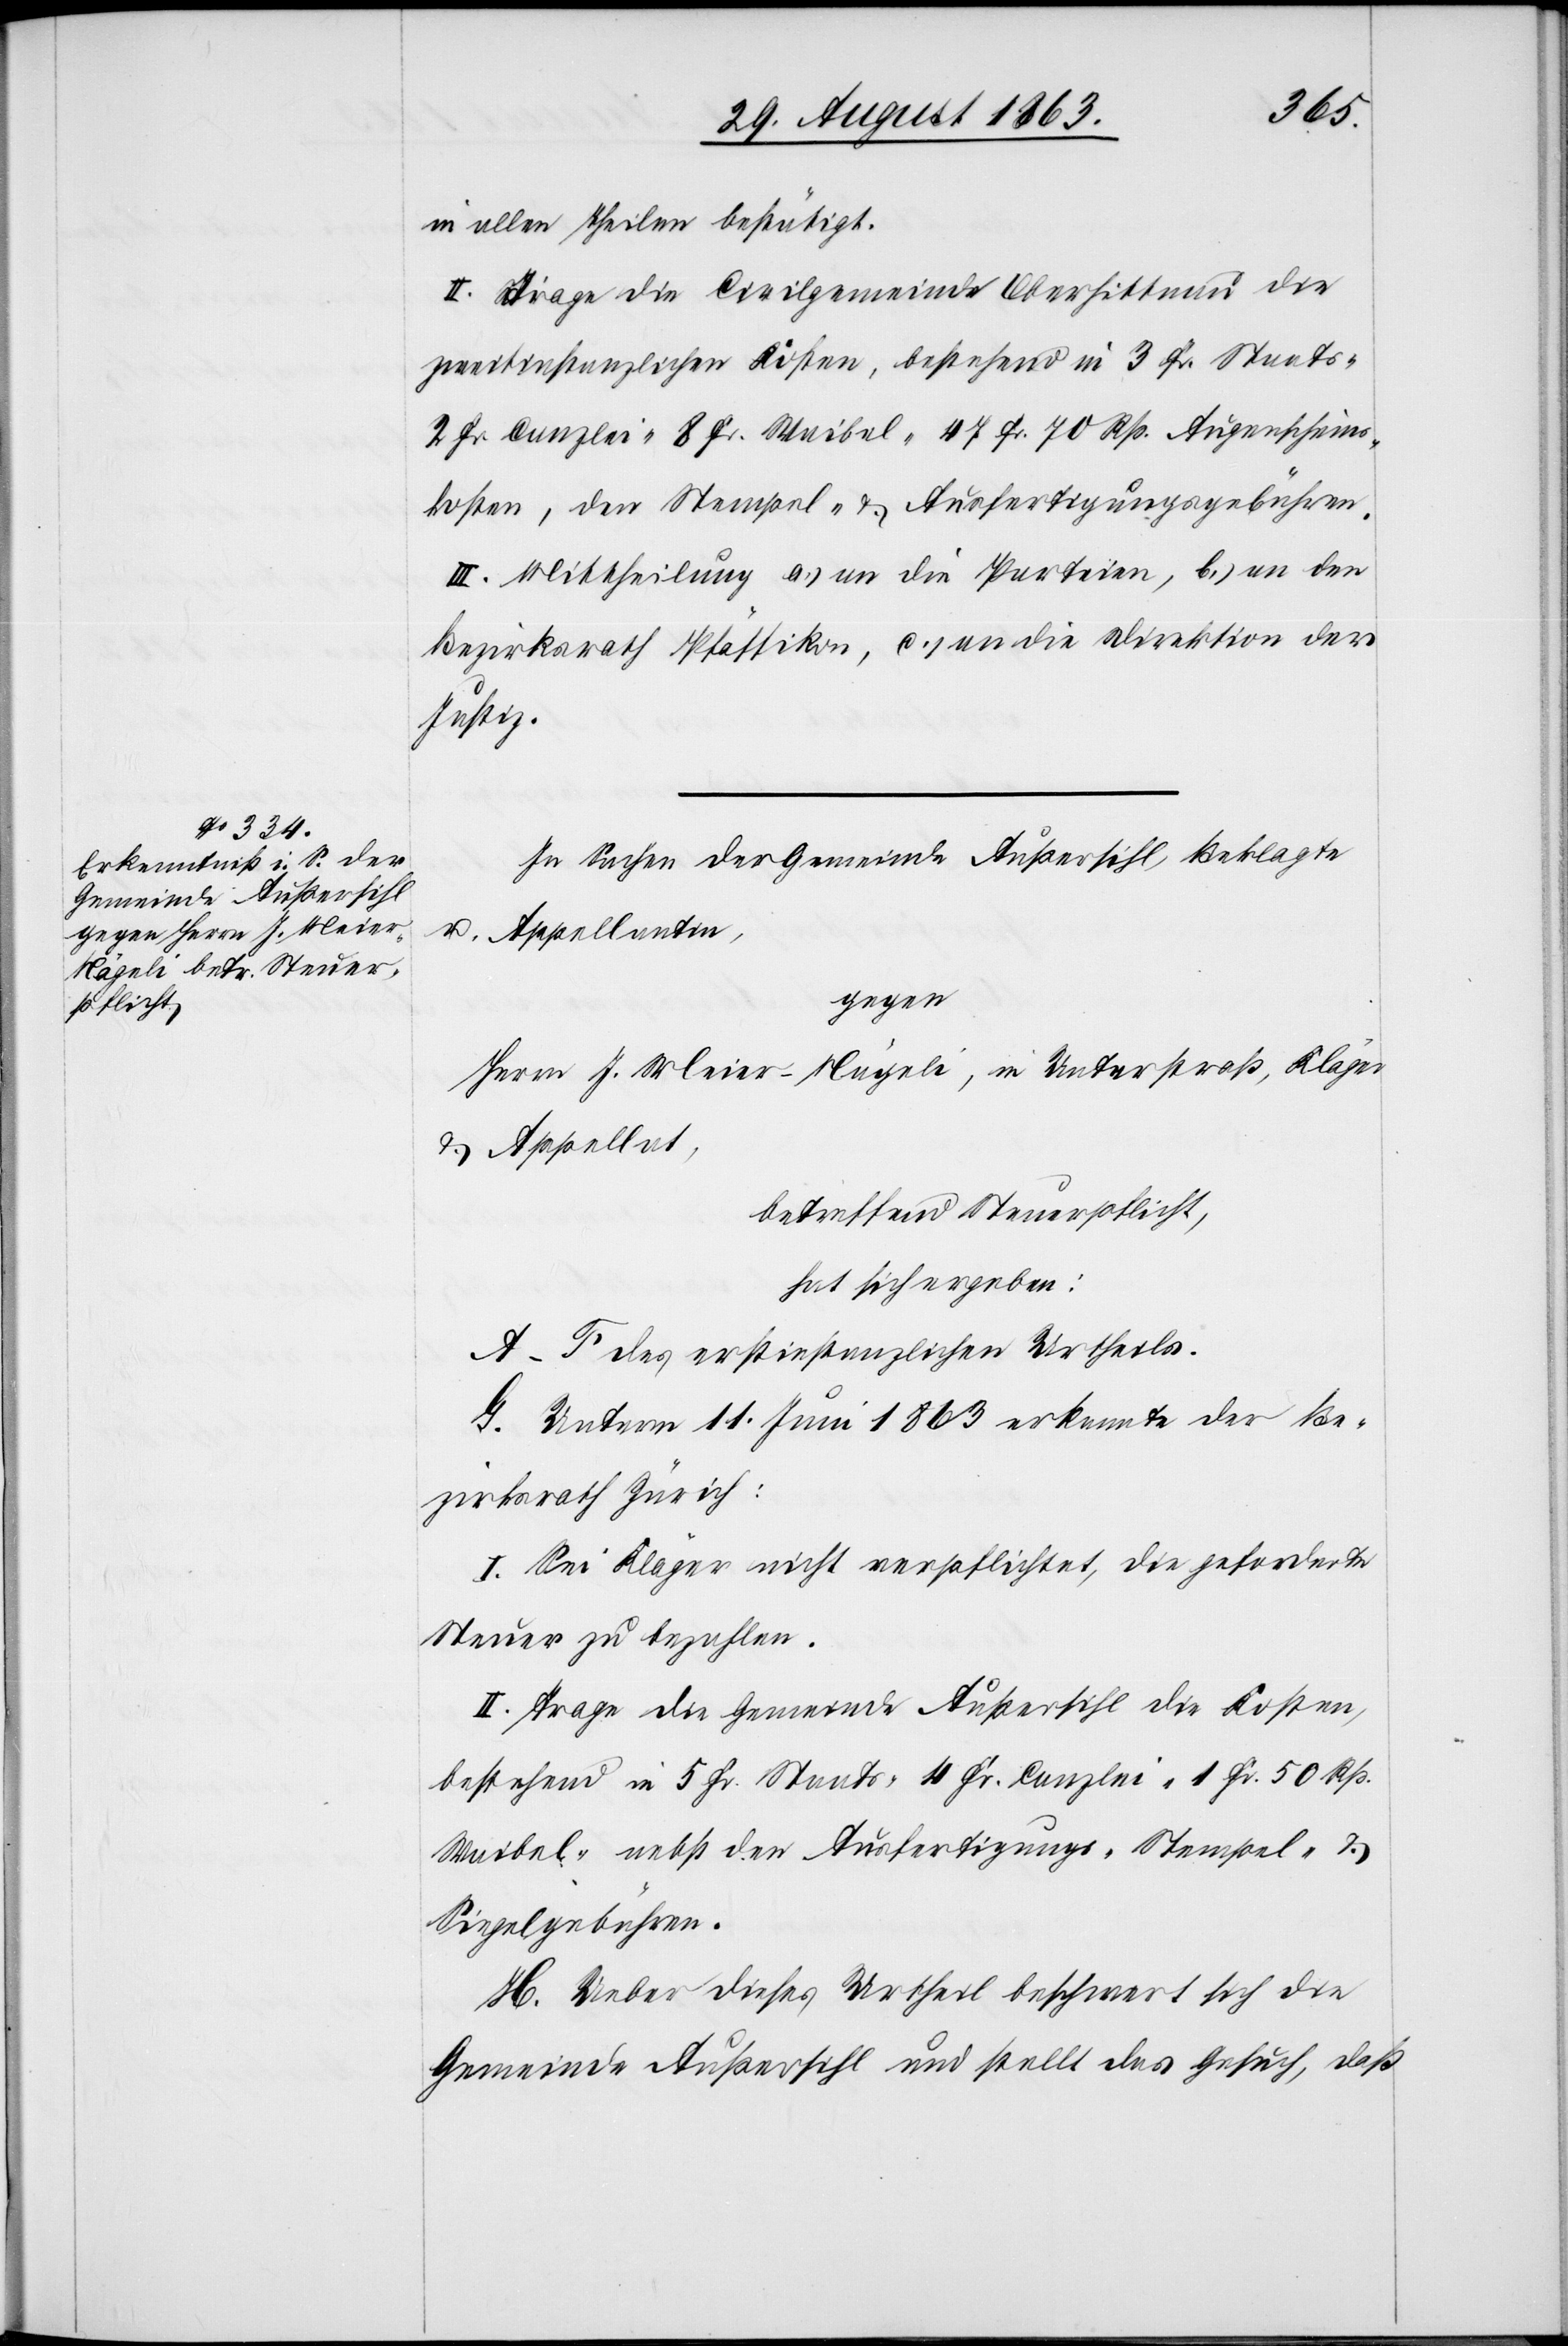
in allen Theilen bestätigt.
II. Trage die Civilgemeinde Oberhittnau die
zweitinstanzlichen Kosten, bestehend in 3 Fr. Staats-[,]
2 Fr. Canzlei-[,] 8 Fr. Waibel-[,] 47 Fr. 70 Rp. Augenscheins¬
kosten, den Stempel- & Ausfertigungsgebühren.
III. Mittheilung a.) an die Parteien, b.) an den
Bezirksrath Pfäffikon, c.) an die Direktion der
Justiz.
In Sachen der Gemeinde Außersihl, Beklagte
u. Appellantin,
gegen
Herrn J. Meier-Nägeli, in Unterstraß, Kläger
& Appellat,
betreffend Steuerpflicht,
hat sich ergeben:
A–F des erstinstanzlichen Urtheils.
G. Unterm 11. Juni 1863 erkannte der Be¬
zirksrath Zürich:
I. Sei Kläger nicht verpflichtet, die geforderte
Steuer zu bezahlen.
II. Trage die Gemeinde Außersihl die Kosten,
bestehend in 5 Fr. Staats-[,] 4 Fr. Canzlei-[,] 1 Fr. 50 Rp.
Waibel- nebst den Ausfertigungs-[,] Stempel- &
Siegelgebühren.
H. Ueber dieses Urtheil beschwert sich die
Gemeinde Außersihl und stellt das Gesuch, daß